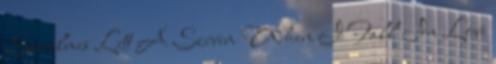
Szerelmes Lett A Szívem When I Fall In Love